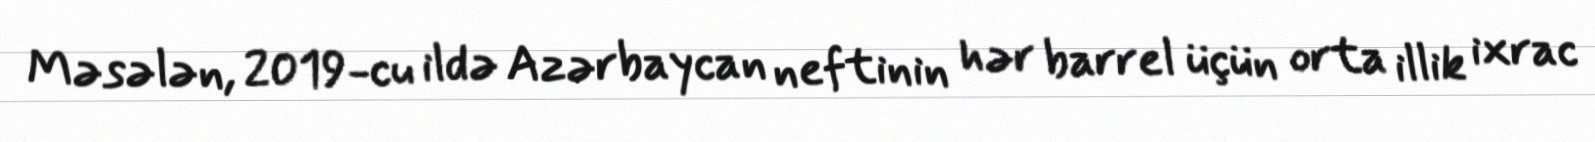
Məsələn, 2019-cu ildə Azərbaycan neftinin hər barrel üçün orta illik ixrac